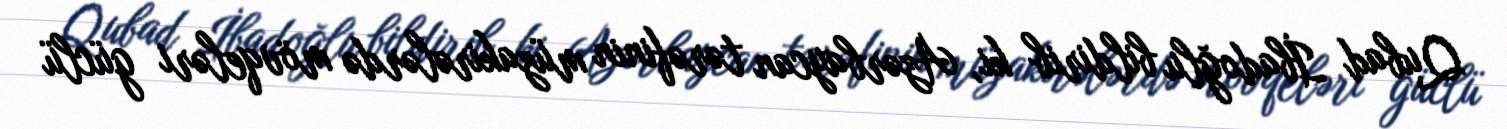
Qubad İbadoğlu bildirib ki, Azərbaycan tərəfinin müzakirələrdə mövqeləri güclü